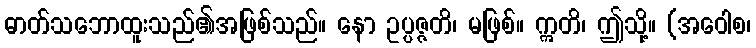
ဓာတ်သဘောထူးသည်၏အဖြစ်သည်။ နော ဥပ္ပဇ္ဇတိ၊ မဖြစ်။ ဣတိ၊ ဤသို့။ (အဝေါစ၊